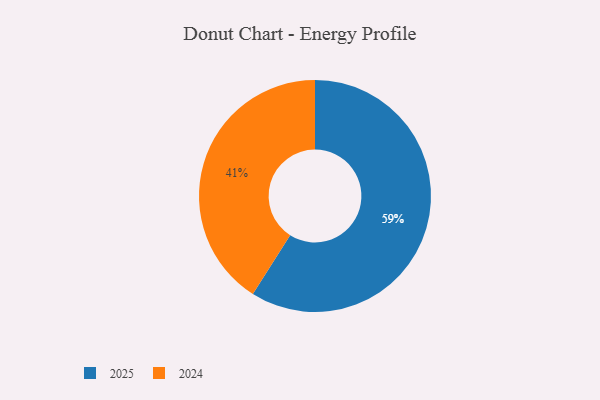
{"axis": {"x": "Category", "y": "Percentage"}, "legend": ["2024", "2025"], "data": [{"x": "2024", "y": 41, "type": "2024"}, {"x": "2025", "y": 59, "type": "2025"}]}